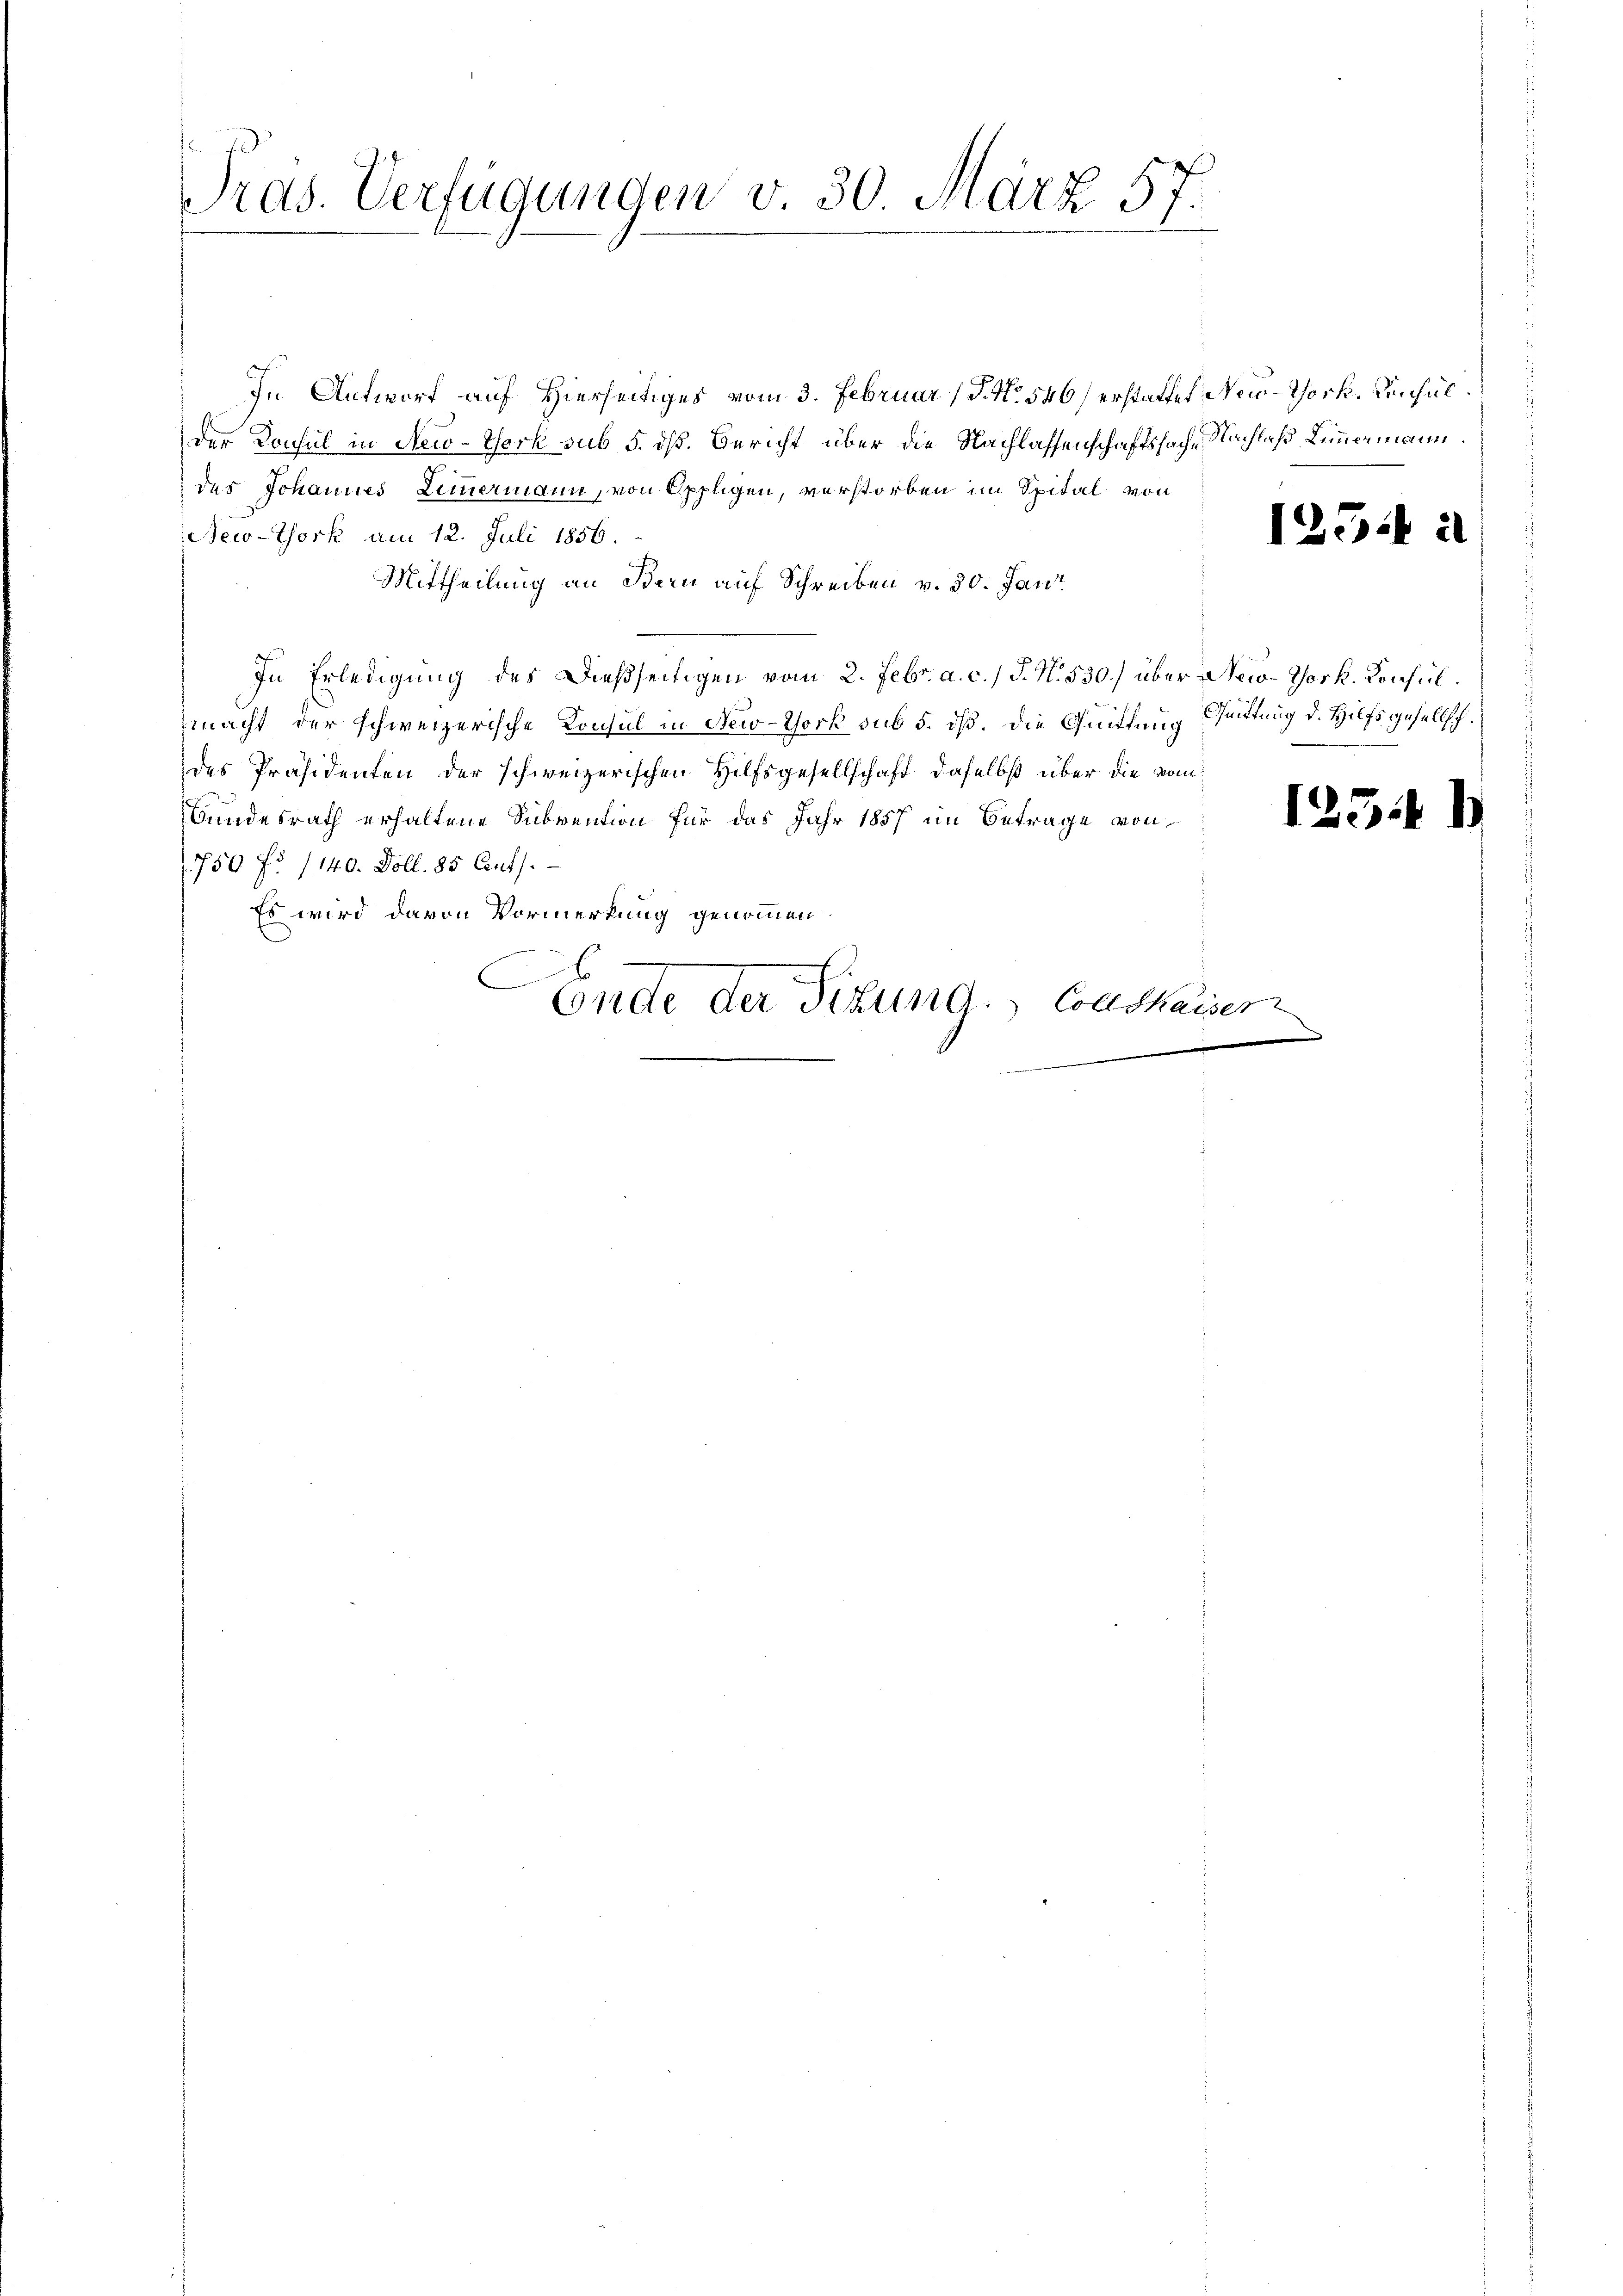
Pras. Verfügunden v. 30. März 57.

In Antworf auf Hierseitiges vom 3. Februar (T. No. 546 erstattet New-York. Konsulder Konsul in New-York sub 5. dß. Bericht über die Nachlassenschaftssache Nachlaß Limmermann.
des Johannes Lemmermann, von Oppligen, verstorben im Spital von
New-York am 12. Juli 1856.
Mittheilung an Bern auf Schreiben v. 30. Jan
.
.
In Erledigung des Dießseitigen vom 2. Febr. a. c.) J. N. 530.) über New-York. Konsulmacht der schweizerische Konsul in New-York sub 5. dß. Die Quittung Suittung d. Hilfsgesellsch.
des Präsidenten der schweizerischen Hilfsgesellschaft daselbst über die vom
Bundesrath erhaltene Subvention für das Jahr 1857 im Betrage von
1750 f. 1140. Doll. 85 Cents.
Es wird davon Vormerkung genommen.
2
E
Ende der Stund. Collshaiser

.

e

12.

123.